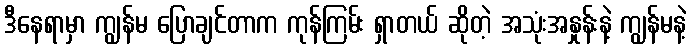
ဒီနေရာမှာ ကျွန်မ ပြောချင်တာက ကုန်ကြမ်း ရှာတယ် ဆိုတဲ့ အသုံးအနှုန်းနဲ့ ကျွန်မနဲ့